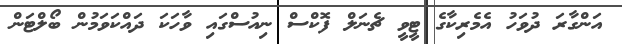
އަންގާރަ ދުވަހު އެމެރިކާގެ ޓީވީ ޗެނަލް ފޮކްސް ނިއުސްގައި ވާހަކަ ދައްކަވަމުން ބޯލްޓަން